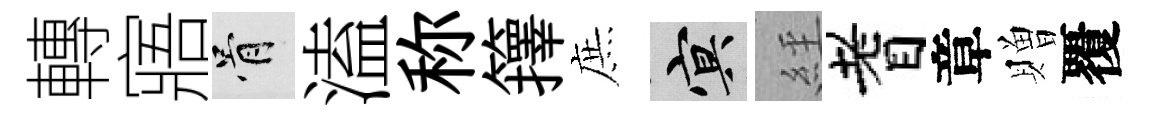
轉寤骨溘称籜庶冥𦀇耆章贈覆